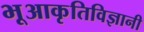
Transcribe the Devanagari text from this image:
भूआकृतिविज्ञानी